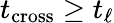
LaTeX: t_{\mathrm{cross}}\geq t_{\ell}